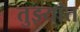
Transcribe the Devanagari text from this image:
तुझ्यांत